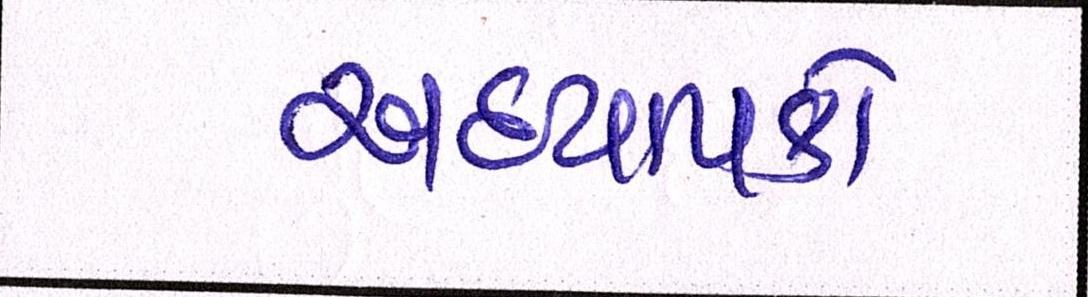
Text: અધ્યાપકો